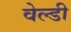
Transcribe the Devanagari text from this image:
वेल्डी